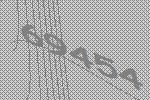
69454